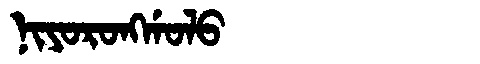
Manchu: ᠨᡳᠶᠣᡵᠣᠩᡤᠣᠯᠣ
Romanization: NIYORONGGOLO